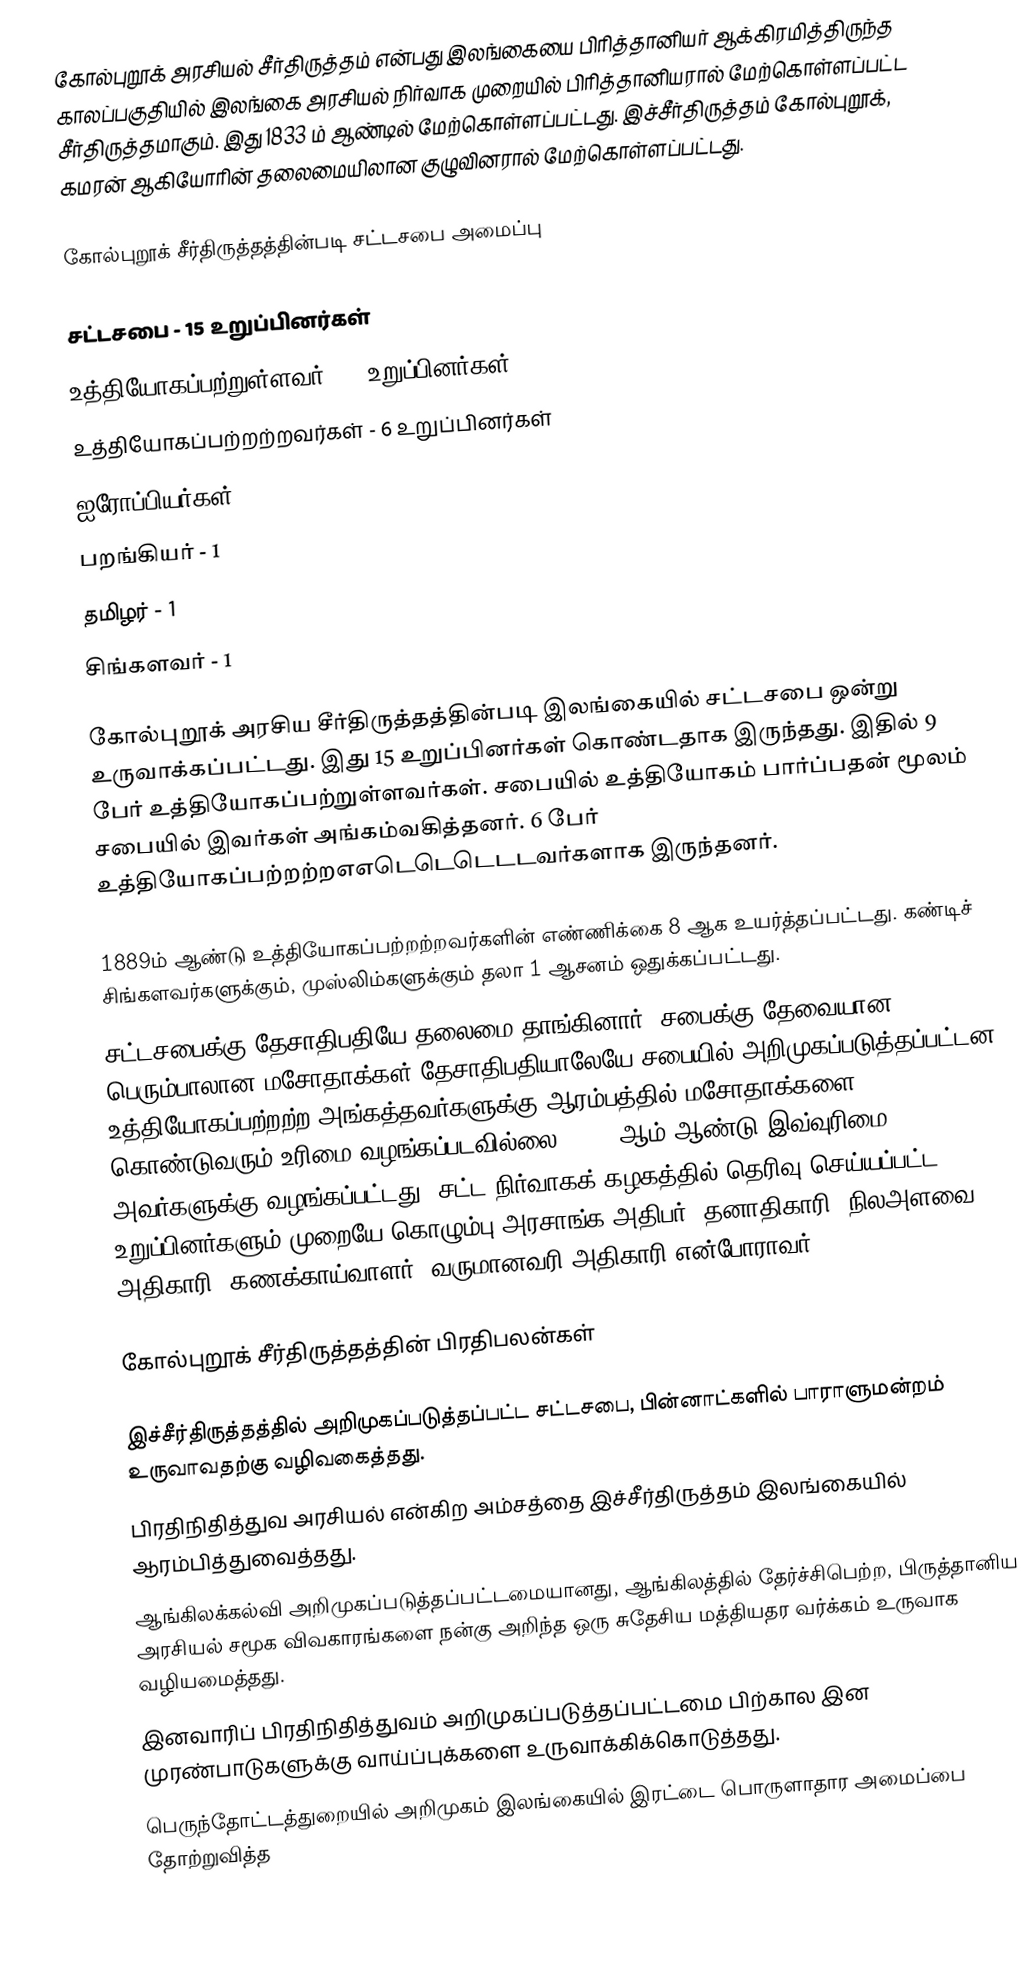
கோல்புறூக் அரசியல் சீர்திருத்தம் என்பது இலங்கையை பிரித்தானியர் ஆக்கிரமித்திருந்த காலப்பகுதியில் இலங்கை அரசியல் நிர்வாக முறையில் பிரித்தானியரால் மேற்கொள்ளப்பட்ட சீர்திருத்தமாகும். இது 1833 ம் ஆண்டில் மேற்கொள்ளப்பட்டது. இச்சீர்திருத்தம் கோல்புறூக், கமரன் ஆகியோரின் தலைமையிலான குழுவினரால் மேற்கொள்ளப்பட்டது.

கோல்புறூக் சீர்திருத்தத்தின்படி சட்டசபை அமைப்பு

 சட்டசபை - 15 உறுப்பினர்கள்
 உத்தியோகப்பற்றுள்ளவர் - 9 உறுப்பினர்கள்
 உத்தியோகப்பற்றற்றவர்கள் - 6 உறுப்பினர்கள்
 ஐரோப்பியர்கள் - 3
 பறங்கியர் - 1
 தமிழர் - 1
 சிங்களவர் - 1

கோல்புறூக் அரசிய சீர்திருத்தத்தின்படி இலங்கையில் சட்டசபை ஒன்று உருவாக்கப்பட்டது. இது 15 உறுப்பினர்கள் கொண்டதாக இருந்தது. இதில் 9 பேர் உத்தியோகப்பற்றுள்ளவர்கள். சபையில் உத்தியோகம் பார்ப்பதன் மூலம் சபையில் இவர்கள் அங்கம்வகித்தனர். 6 பேர் உத்தியோகப்பற்றற்றஎஎடெடெடெடடவர்களாக இருந்தனர்.

1889ம் ஆண்டு உத்தியோகப்பற்றற்றவர்களின் எண்ணிக்கை 8 ஆக உயர்த்தப்பட்டது. கண்டிச் சிங்களவர்களுக்கும், முஸ்லிம்களுக்கும் தலா 1 ஆசனம் ஒதுக்கப்பட்டது.
சட்டசபைக்கு தேசாதிபதியே தலைமை தாங்கினார். சபைக்கு தேவையான பெரும்பாலான மசோதாக்கள் தேசாதிபதியாலேயே சபையில் அறிமுகப்படுத்தப்பட்டன. உத்தியோகப்பற்றற்ற அங்கத்தவர்களுக்கு ஆரம்பத்தில் மசோதாக்களை கொண்டுவரும் உரிமை வழங்கப்படவில்லை. 1859 ஆம் ஆண்டு இவ்வுரிமை அவர்களுக்கு வழங்கப்பட்டது. சட்ட நிர்வாகக் கழகத்தில் தெரிவு செய்யப்பட்ட 6 உறுப்பினர்களும் முறையே கொழும்பு அரசாங்க அதிபர், தனாதிகாரி, நிலஅளவை அதிகாரி, கணக்காய்வாளர், வருமானவரி அதிகாரி என்போராவர்.

கோல்புறூக் சீர்திருத்தத்தின் பிரதிபலன்கள்

 இச்சீர்திருத்தத்தில் அறிமுகப்படுத்தப்பட்ட சட்டசபை, பின்னாட்களில் பாராளுமன்றம் உருவாவதற்கு வழிவகைத்தது.
 பிரதிநிதித்துவ அரசியல் என்கிற அம்சத்தை இச்சீர்திருத்தம் இலங்கையில் ஆரம்பித்துவைத்தது.
 ஆங்கிலக்கல்வி அறிமுகப்படுத்தப்பட்டமையானது, ஆங்கிலத்தில் தேர்ச்சிபெற்ற, பிருத்தானிய அரசியல் சமூக விவகாரங்களை நன்கு அறிந்த ஒரு சுதேசிய மத்தியதர வர்க்கம் உருவாக வழியமைத்தது.
 இனவாரிப் பிரதிநிதித்துவம் அறிமுகப்படுத்தப்பட்டமை பிற்கால இன முரண்பாடுகளுக்கு வாய்ப்புக்களை உருவாக்கிக்கொடுத்தது.
 பெருந்தோட்டத்துறையில் அறிமுகம் இலங்கையில் இரட்டை பொருளாதார அமைப்பை தோற்றுவித்த